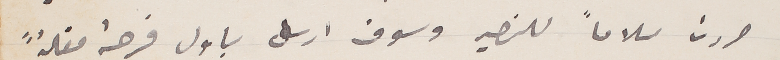
حررت سلاماً للنصير وسوف ارسل باول فرصة مقالةً

؟؟؟